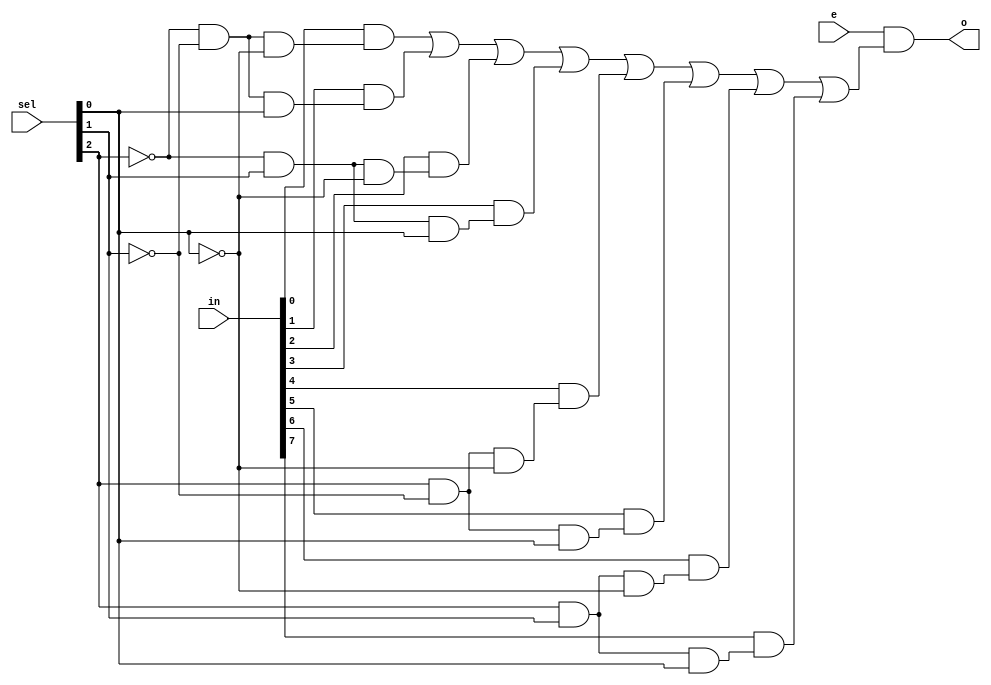
`timescale 1ns / 1ps
//////////////////////////////////////////////////////////////////////////////////
// Company: 
// Engineer: 
// 
// Design Name: 
// Module Name: m8_le
// Project Name: 
// Target Devices: 
// Tool Versions: 
// Description: 
// 
// Dependencies: 
// 
// Revision:
// Revision 0.01 - File Created
// Additional Comments:
// 
//////////////////////////////////////////////////////////////////////////////////


module m8_1e(
    input [7:0] in,
    input [2:0] sel,
    input e,
    output o
    );
    
    assign o = e & ((in[0] & (~sel[2] & ~sel[1] & ~sel[0])) | 
                    (in[1] & (~sel[2] & ~sel[1] &  sel[0])) |
                    (in[2] & (~sel[2] &  sel[1] & ~sel[0])) | 
                    (in[3] & (~sel[2] &  sel[1] &  sel[0])) |
                    (in[4] & ( sel[2] & ~sel[1] & ~sel[0])) |
                    (in[5] & ( sel[2] & ~sel[1] &  sel[0])) |
                    (in[6] & ( sel[2] &  sel[1] & ~sel[0])) | 
                    (in[7] & ( sel[2] &  sel[1] &  sel[0])));
                    
endmodule